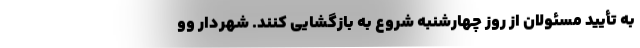
به تأیید مسئولان از روز چهارشنبه شروع به بازگشایی کنند. شهردار وو